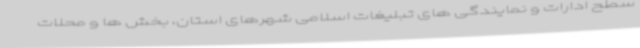
سطح ادارات و نمایندگی های تبلیغات اسلامی شهرهای استان، بخش ها و محلات